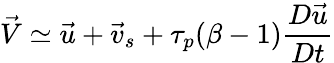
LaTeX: \vec{V}\simeq\vec{u}+\vec{v}_{s}+\tau_{p}(\beta-1)\frac{D\vec{u}}{Dt}